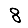
Digit: 8